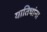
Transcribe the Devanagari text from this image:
यातिघांना